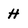
Character: H